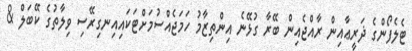
ޓެލެފޯންގެ ޛަރީޢާއިން ރާއްޖެއިން ބޭރާ ގުޅޭނެ އިންތިޒާމު ހަމަޖެއްސުމަށްޓަކައިއިނގިރޭސި ވިލާތުގެ ކޭބަލް &